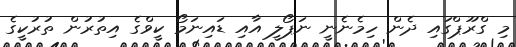
މި ގްރޫޕްގައި ދެން ހިމެނެނީ ނަޕޯލީ އާއި ޑައިނަމޯ ކީވްގެ އިތުރުން ތުރުކީގެ